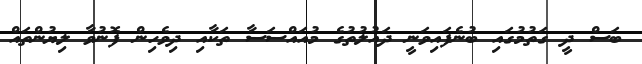
ބަސް ދީ ގަތުމުގައި ބުނެފައިވަނީ ދައުލުތުގެ މުއައްސަސާ ތަކާއި ދިވެހިން ފޮނުވާ ލިޔުންތައް